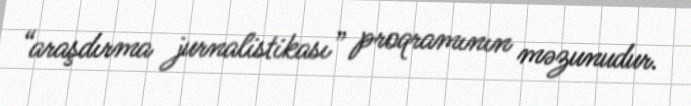
“araşdırma jurnalistikası” proqramının məzunudur.